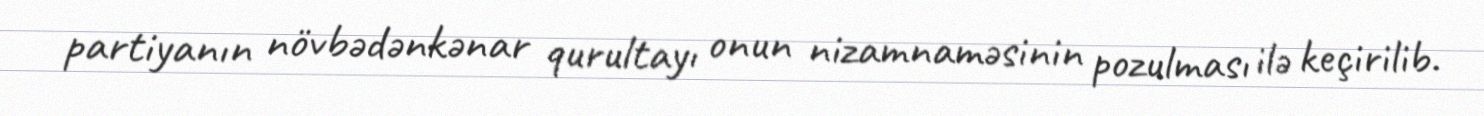
partiyanın növbədənkənar qurultayı onun nizamnaməsinin pozulması ilə keçirilib.